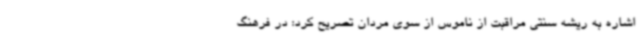
اشاره به ریشه سنتی مراقبت از ناموس از سوی مردان تصریح کرد: در فرهنگ